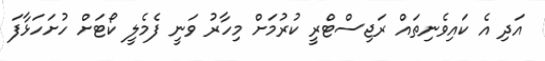
އަދި އެ ކައިވެނިތައް ރަޖިސްޓްރީ ކުރުމަށް މިހާރު ވަނީ ފެމެލީ ކޯޓަށް ހުށަހަޅާފަ